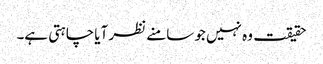
حقیقت وہ نہیں جو سامنے نظر آیا چاہتی ہے۔